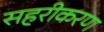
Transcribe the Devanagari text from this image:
सहरीकरण